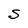
Character: S